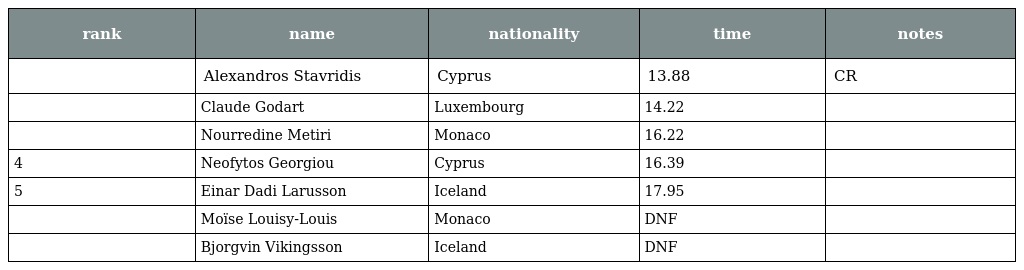
| rank | name | nationality | time | notes |
 | --- | --- | --- | --- | --- |
 |  | Alexandros Stavridis | Cyprus | 13.88 | CR |
 |  | Claude Godart | Luxembourg | 14.22 |  |
 |  | Nourredine Metiri | Monaco | 16.22 |  |
 | 4 | Neofytos Georgiou | Cyprus | 16.39 |  |
 | 5 | Einar Dadi Larusson | Iceland | 17.95 |  |
 |  | Moïse Louisy-Louis | Monaco | DNF |  |
 |  | Bjorgvin Vikingsson | Iceland | DNF |  |